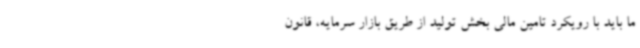
ما باید با رویکرد تامین مالی بخش تولید از طریق بازار سرمایه، قانون